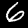
Label: 6